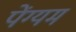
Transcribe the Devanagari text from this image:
पेंग्यम